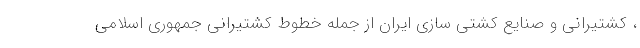
، کشتیرانی و صنایع کشتی سازی ایران از جمله خطوط کشتیرانی جمهوری اسلامی